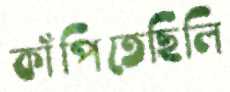
কাঁপিতেছিলি